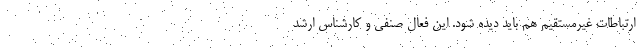
ارتباطات غیرمستقیم هم باید دیده شود. این فعال صنفی و کارشناس ارشد